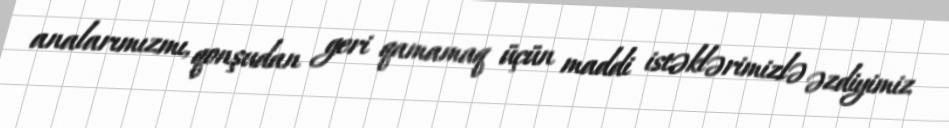
analarımızmı, qonşudan geri qamamaq üçün maddi istəklərimizlə əzdiyimiz